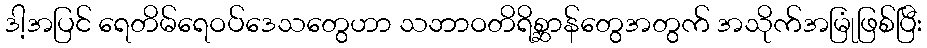
ဒါ့အပြင် ရေတိမ်ရေဝပ်ဒေသတွေဟာ သဘာဝတိရိစ္ဆာန်တွေအတွက် အသိုက်အမြုံဖြစ်ပြီး